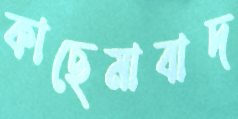
কাছেমাবাদ